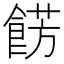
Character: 餝